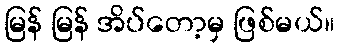
မြန် မြန် အိပ်တော့မှ ဖြစ်မယ်။